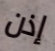
إذن